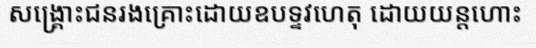
សង្គ្រោះជនរងគ្រោះដោយឧបទ្ទវហេតុ ដោយយន្តហោះ